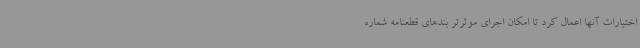
اختیارات آنها اعمال کرد تا امکان اجرای موثرتر بندهای قطعنامه شماره